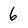
Character: 6